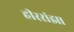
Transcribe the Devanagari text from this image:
हीररांझा